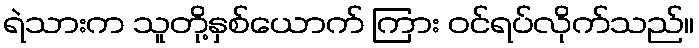
ရဲသားက သူတို့နှစ်ယောက် ကြား ဝင်ရပ်လိုက်သည်။